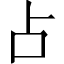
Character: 占